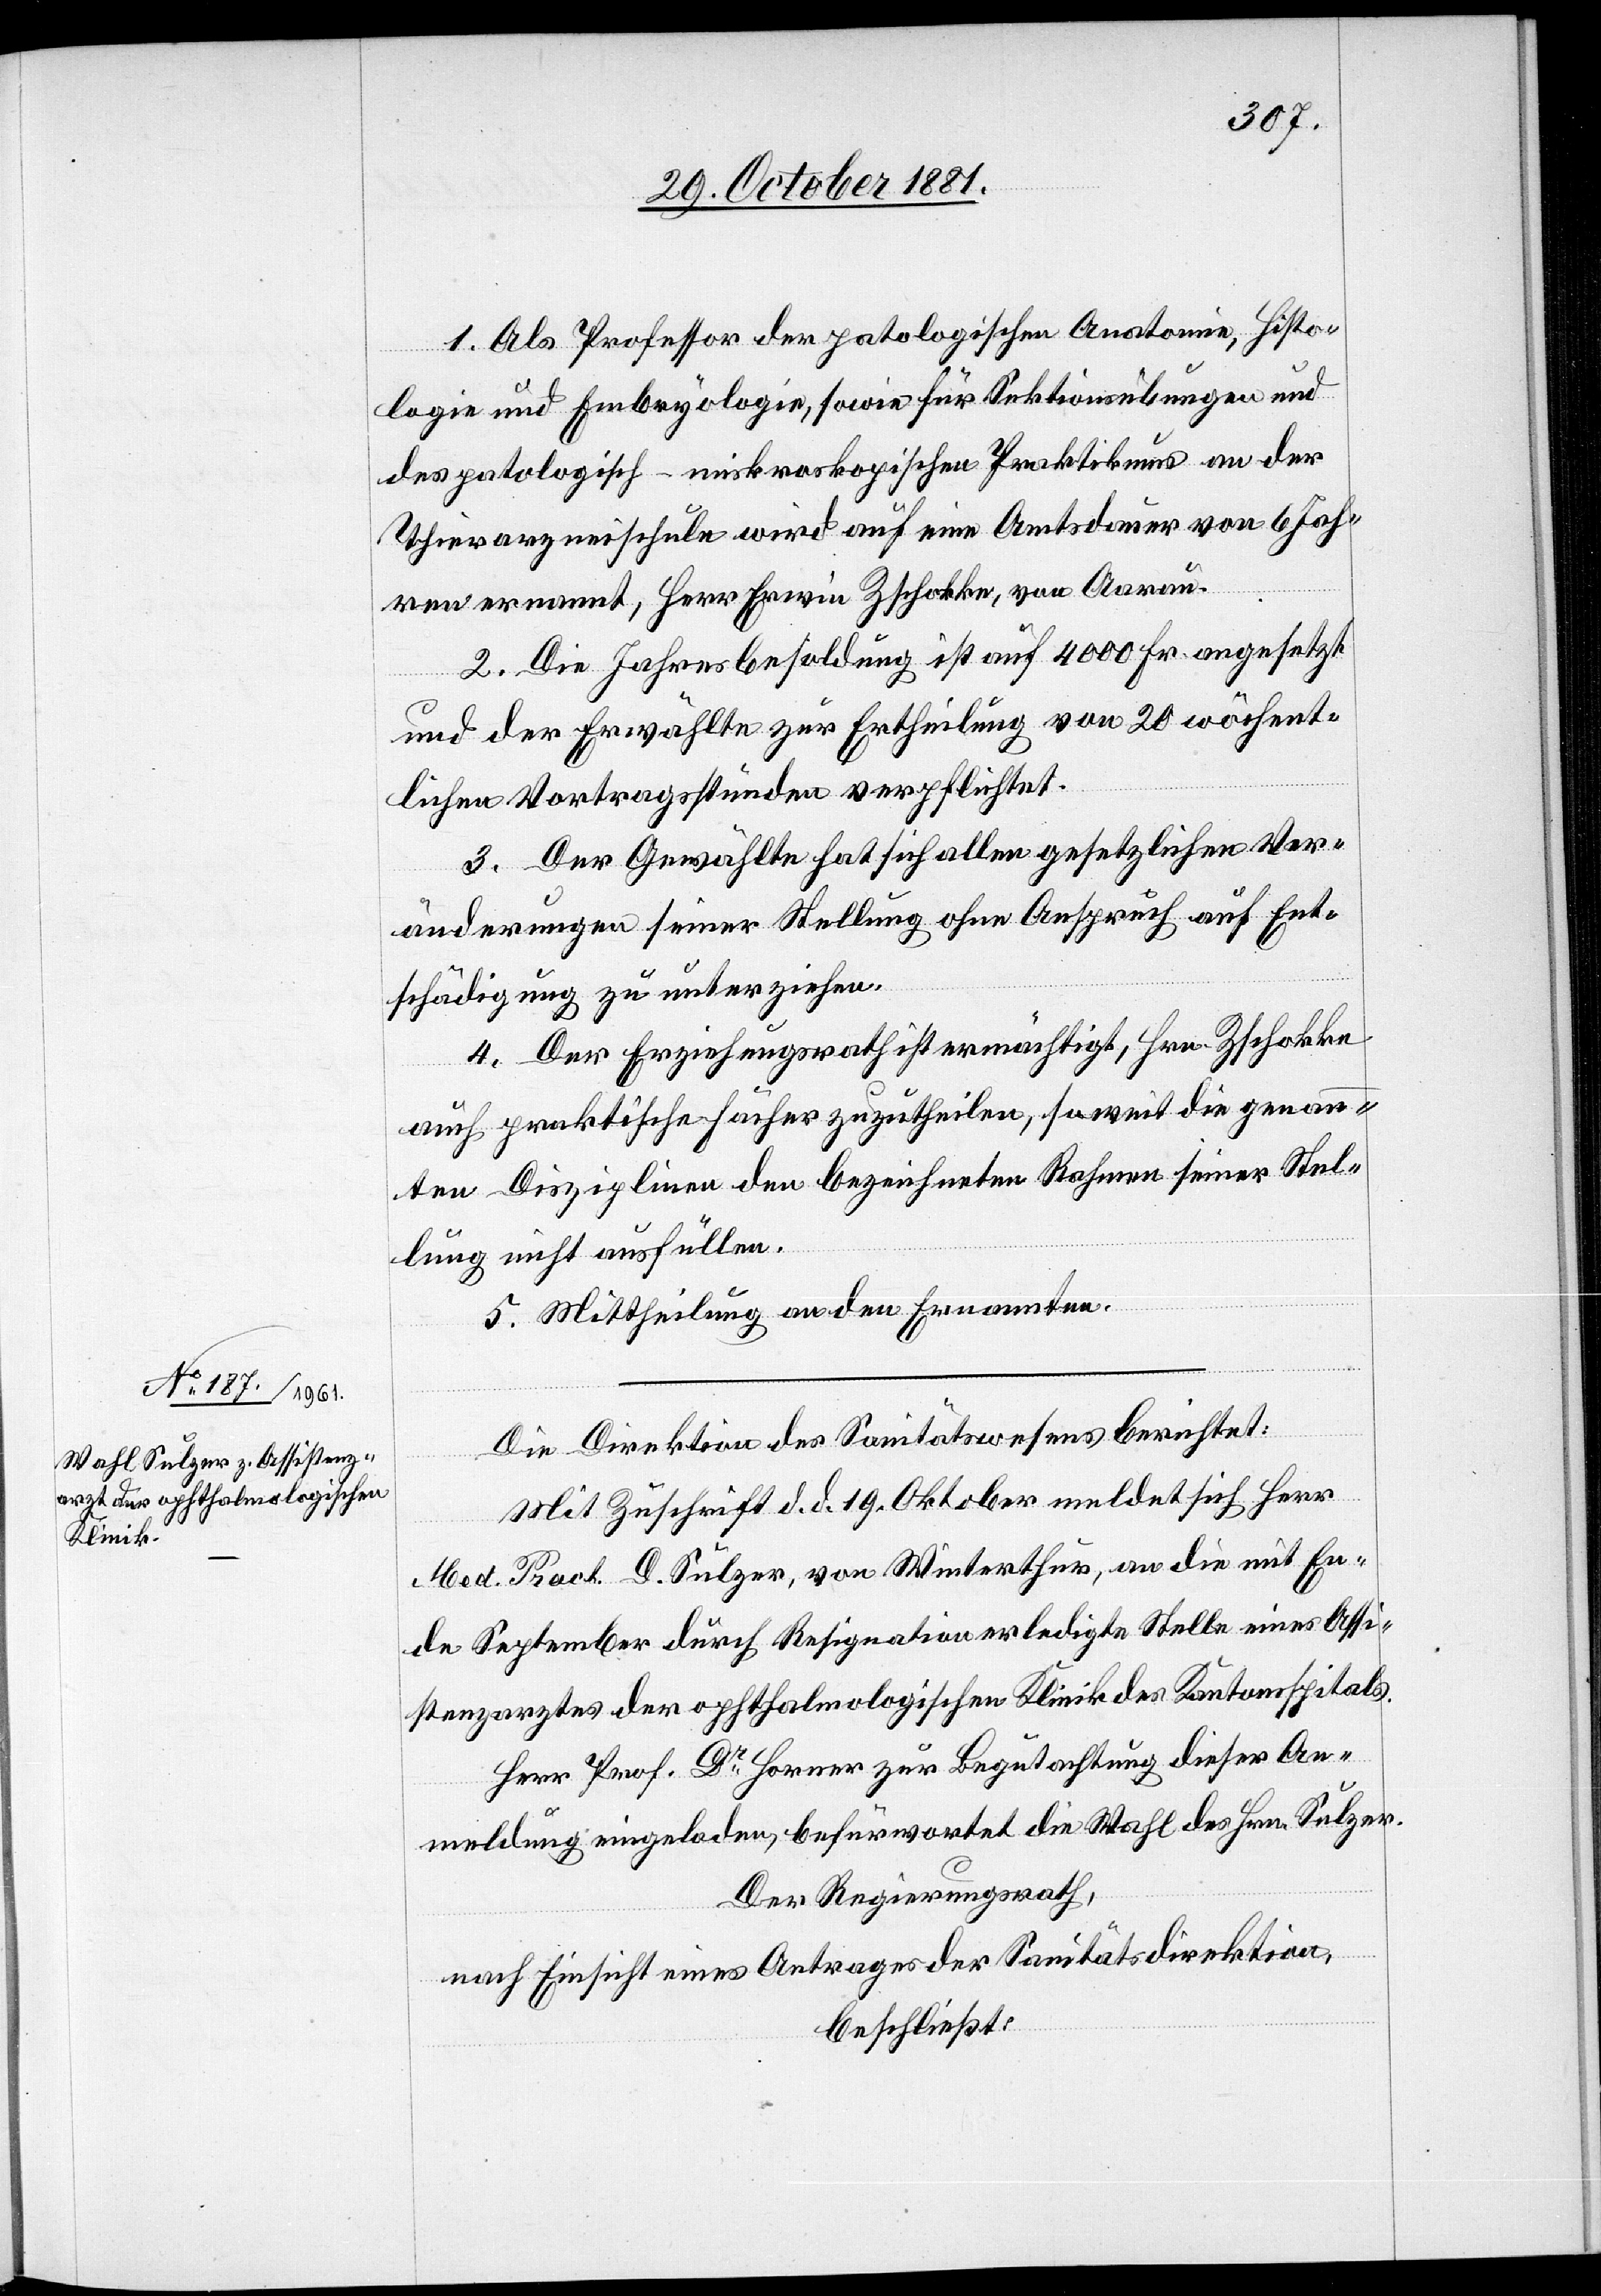
1. Als Professor der patologischen Anatomie, Histo¬
logie und Embryologie, sowie für Sektionsübungen und
des patologisch-mikroskopischen Praktikums an der
Thierarzneischule wird auf eine Amtsdauer von 6 Jah¬
ren ernannt, Herr Erwin Zschokke, von Aarau.
2. Die Jahresbesoldung ist auf 4000 Fr. angesetzt
und der Erwählte zur Ertheilung von 20 wöchent¬
lichen Vortragsstunden verpflichtet.
3. Der Gewählte hat sich allen gesetzlichen Ver¬
änderungen seiner Stellung ohne Anspruch auf Ent¬
schädigung zu unterziehen.
4. Der Erziehungsrath ist ermächtigt, Hrn. Zschokke
auch praktische Fächer zuzutheilen, soweit die genan¬
nten Disziplinen den bezeichneten Rahmen seiner Stel¬
lung nicht ausfüllen.
5. Mittheilung an den Ernannten.
Die Direktion des Sanitätswesens berichtet:
Mit Zuschrift d. d. 19. Oktober meldet sich Herr
Med. Pract. D. Sulzer, von Winterthur, an die mit En¬
de September durch Resignation erledigten Stelle eines Assi¬
stenzarztes der ophthalmologischen Klinik des Kantonsspitals.
Herr Prof. Dr Horner zur Begutachtung dieser An¬
meldung eingeladen, befürwortet die Wahl des Hrn. Sulzer.
Der Regierungsrath,
nach Einsicht eines Antrages der Sanitätsdirektion,
beschließt: